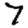
Digit: 7